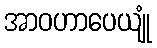
အာဝဟာပေယျုံ